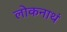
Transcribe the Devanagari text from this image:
लोकनाथं